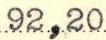
92,20